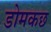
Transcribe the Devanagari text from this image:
डोमकछ